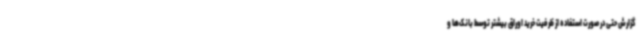
گزارش حتی در صورت استفاده از ظرفیت خرید اوراق بیشتر توسط بانک‌ها و